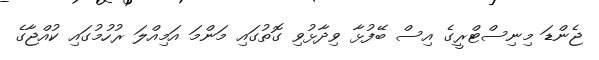
ޖެންޑަ މިނިސްޓްރީގެ އިސް ބޭފުޅާ ވިދާޅުވި ގޮތުގައި މަންމަ އަމިއްލަ ރުހުމުގައި ކުއްޖާގެ